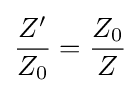
{\frac {Z'}{Z_{0}}}={\frac {Z_{0}}{Z}}